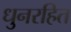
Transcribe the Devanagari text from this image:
धुनरहित